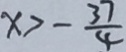
x > - \frac { 3 7 } { 4 }